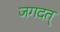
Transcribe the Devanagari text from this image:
जगदत्